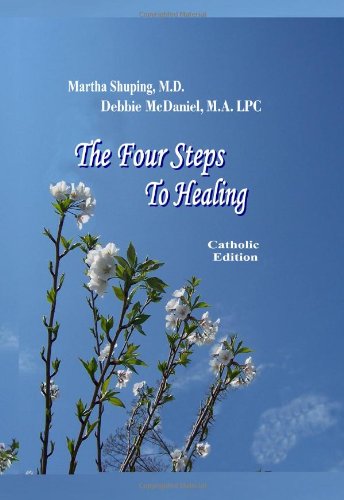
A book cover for The Four Steps to Healing (Catholic); Martha Shuping; Christian Books & Bibles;